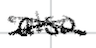
Text: also
Cross-out: cross
Writing tool: digital_black